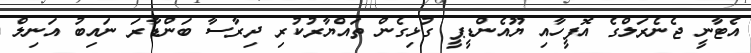
އެޓާނީ ޖެނެރަލްގެ އޮފީހާއި ޔޫއެންޑީޕީ ގުޅިގެން ތައްޔާރުކުރި ދިރާސާ ބަންޑާރަ ނައިބު އަނިލް